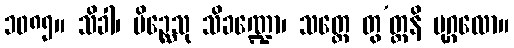
၁၀၈၅။ သိခါ၊ ပိဉ္ဆေသု သိခဏ္ဍော၊ သတ္တေ တွ’တ္တနိ ပုဂ္ဂလော။